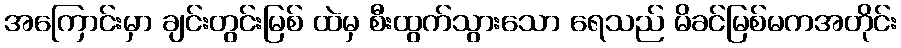
အကြောင်းမှာ ချင်းတွင်းမြစ် ထဲမှ စီးထွက်သွားသော ရေသည် မိခင်မြစ်မကအတိုင်း